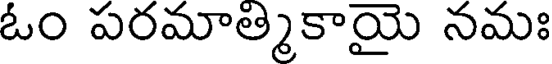
ఓం పరమాత్మికాయై నమః